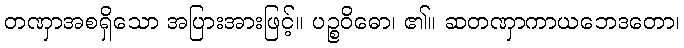
တဏှာအစရှိသော အပြားအားဖြင့်။ ပဉ္စဝိဓော၊ ၏။ ဆတဏှာကာယဘေဒတော၊